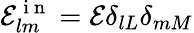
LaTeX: \mathcal{E}_{lm}^{\mathrm{~i~n~}}=\mathcal{E}\delta_{lL}\delta_{mM}